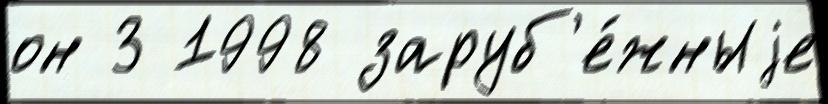
он 3 1998 заруб'е́жныjе